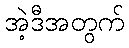
အဲ့ဒီအတွက်